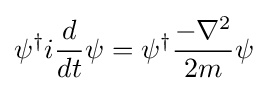
\psi ^{\dagger }i{d \over dt}\psi =\psi ^{\dagger }{-\nabla ^{2} \over 2m}\psi